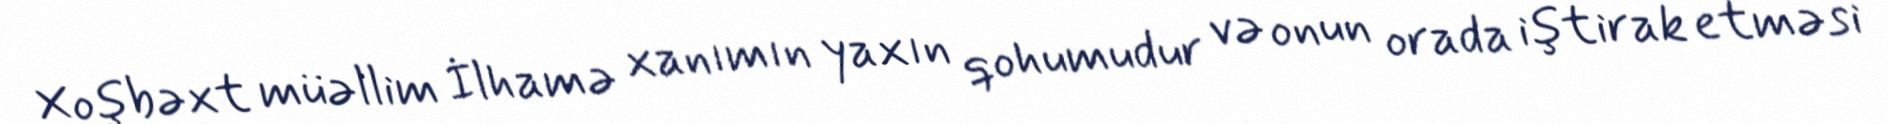
Xoşbəxt müəllim İlhamə xanımın yaxın qohumudur və onun orada iştirak etməsi